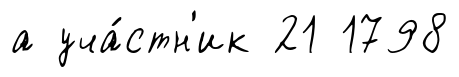
а уча́стн'ик 21 1798